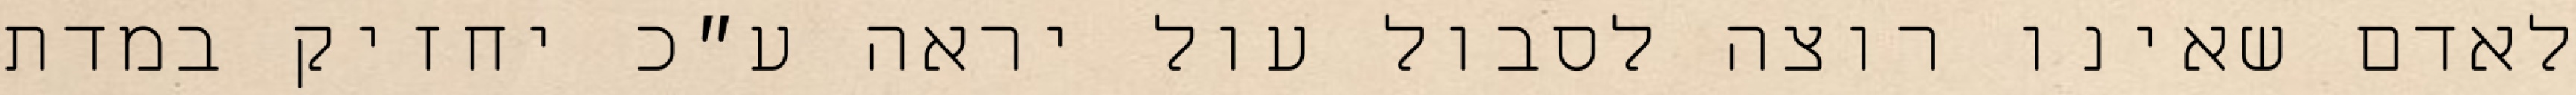
לאדם שאינו רוצה לסבול עול יראה ע״כ יחזיק במדת